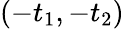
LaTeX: \left(-t_{1},-t_{2}\right)